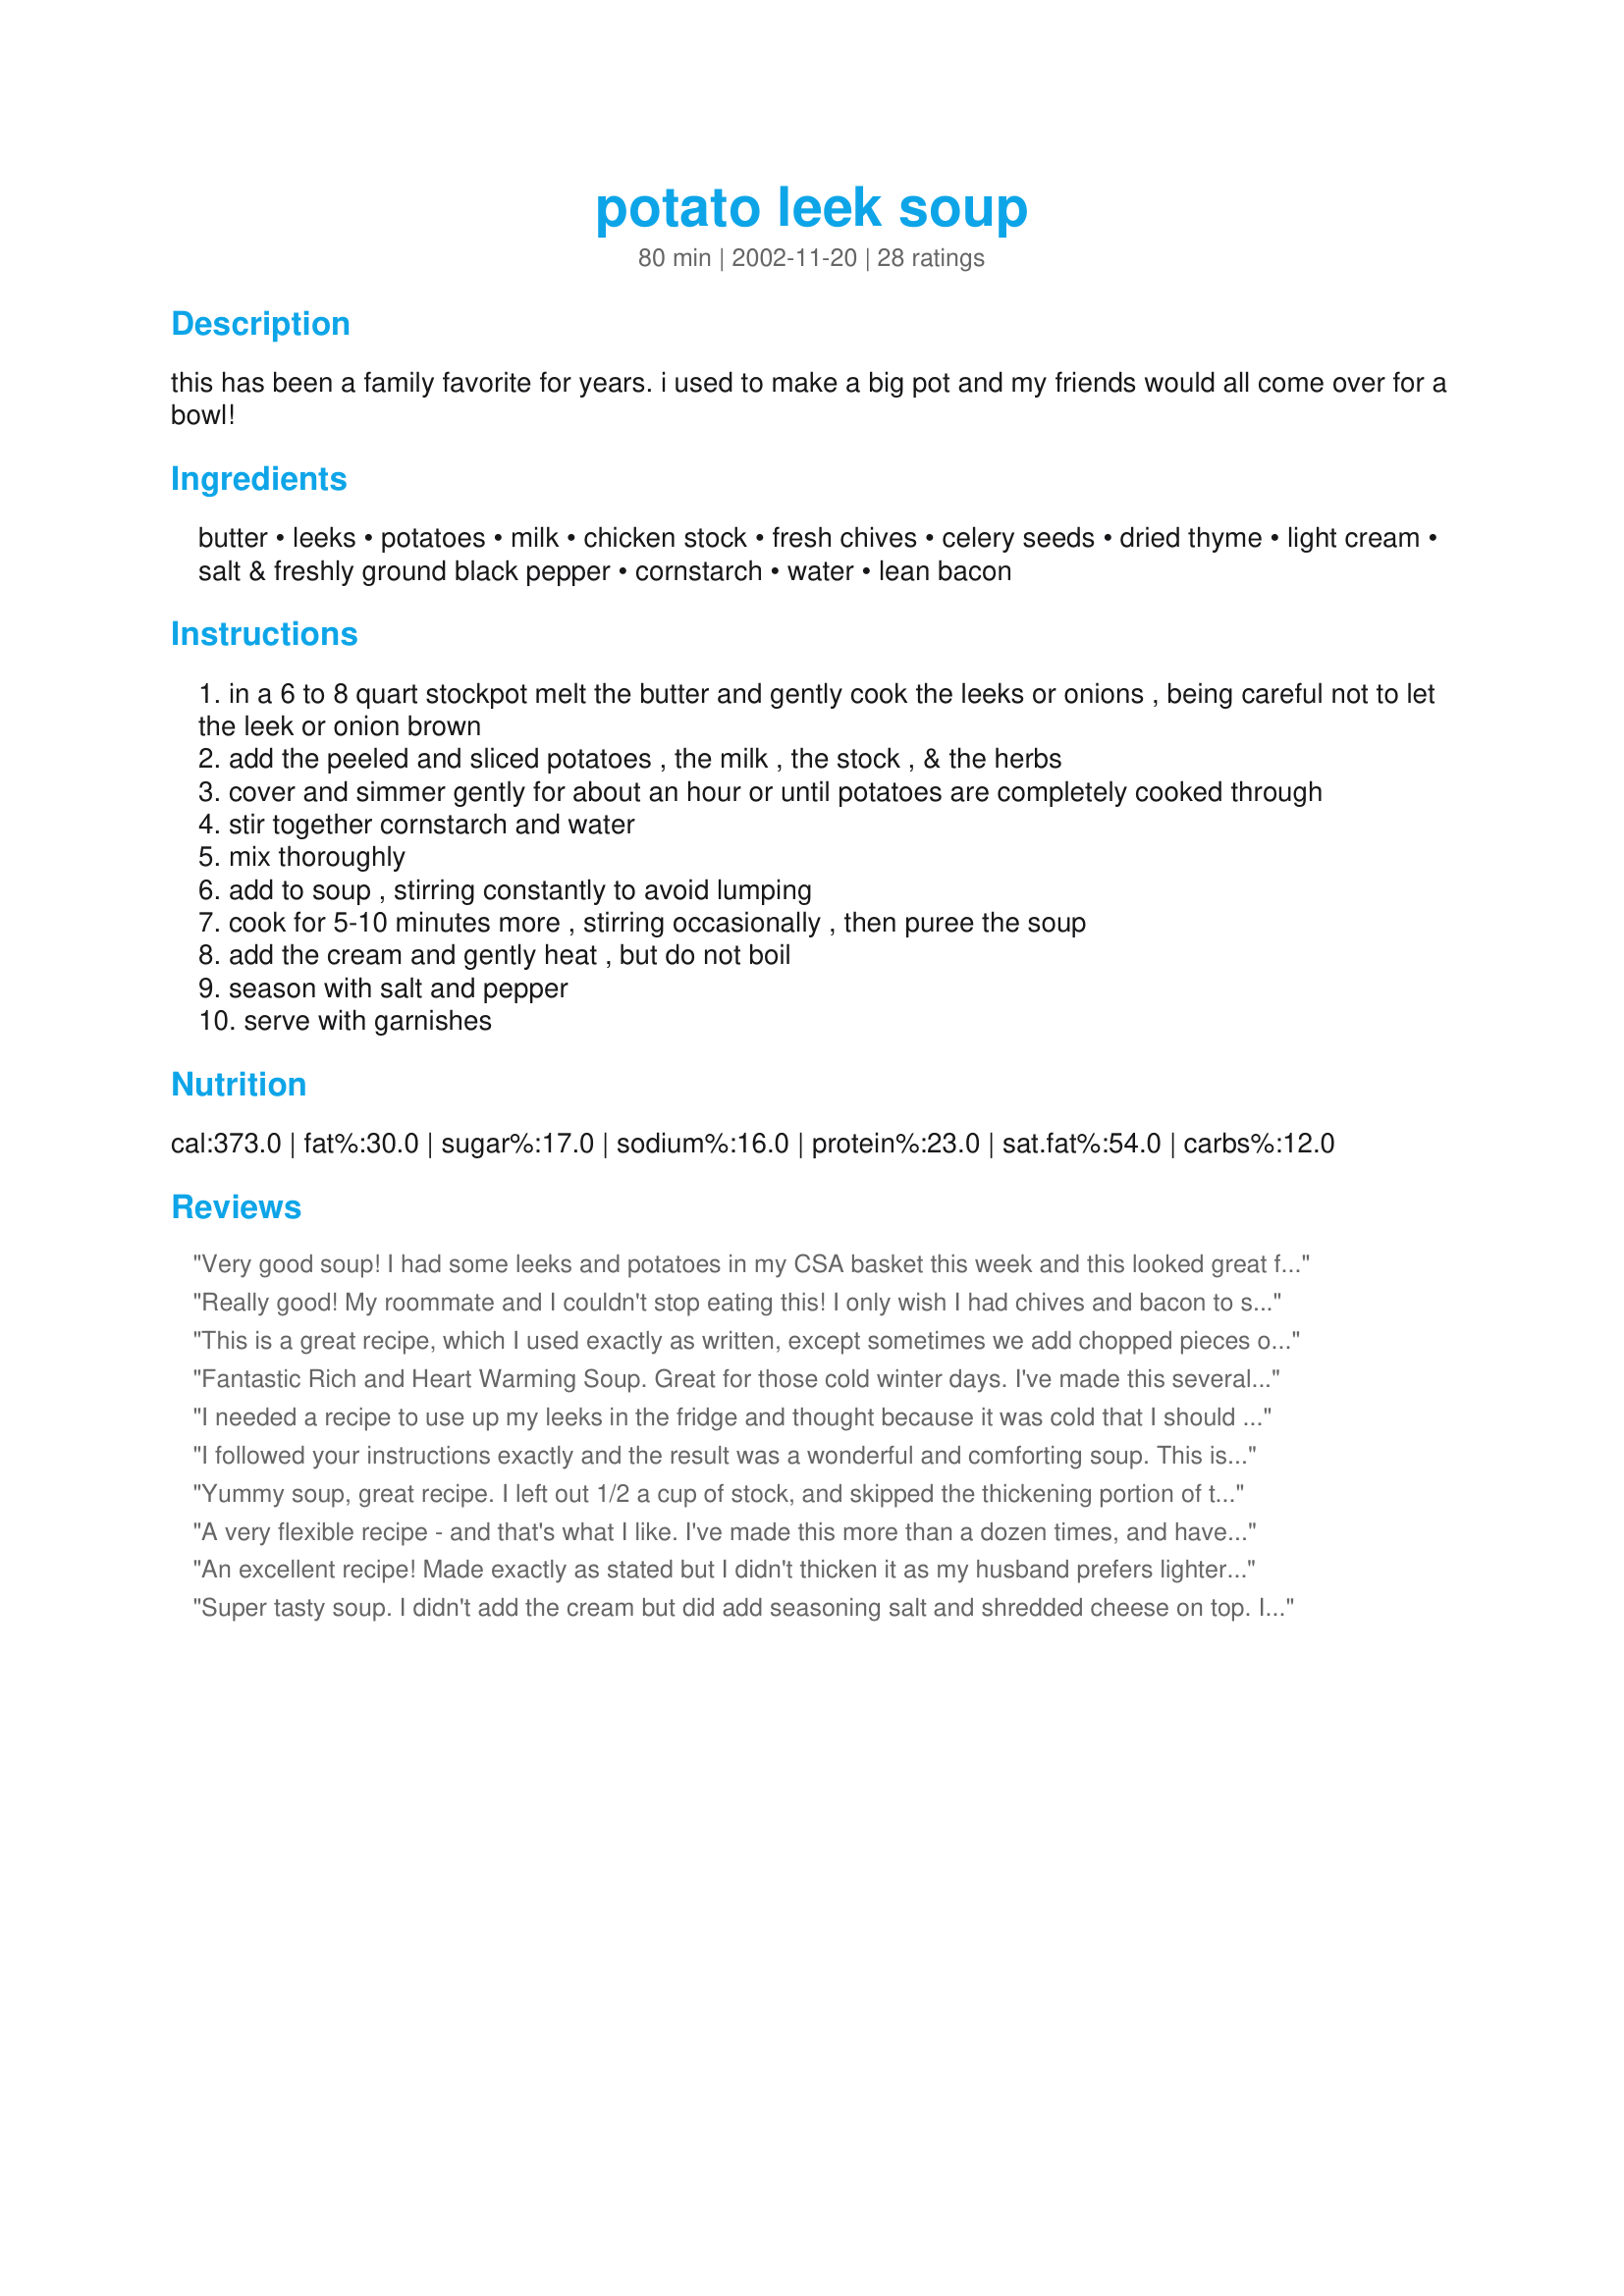
potato leek soup
Preparation time: 80 minutes

this has been a family favorite for years. i used to make a big pot and my friends would all come over for a bowl!

Ingredients:
butter, leeks, potatoes, milk, chicken stock, fresh chives, celery seeds, dried thyme, light cream, salt & freshly ground black pepper, cornstarch, water, lean bacon

Steps:
in a 6 to 8 quart stockpot melt the butter and gently cook the leeks or onions , being careful not to let the leek or onion brown
add the peeled and sliced potatoes , the milk , the stock , & the herbs
cover and simmer gently for about an hour or until potatoes are completely cooked through
stir together cornstarch and water
mix thoroughly
add to soup , stirring constantly to avoid lumping
cook for 5-10 minutes more , stirring occasionally , then puree the soup
add the cream and gently heat , but do not boil
season with salt and pepper
serve with garnishes

Reviews:
Very good soup! I had some leeks and potatoes in my CSA basket this week and this looked great for a cold windy night. I followed the recipe ingredients, but used my crock pot since we would be out all afternoon. I cooked the bacon in a skillet until crisp, then removed it and cooked the leeks in some of the bacon drippings. Put that and the remaining ingredients except half and half in the crock pot, and let it go on high for 4 hours. Blended with my hand blender, added cornstarch and cooked another 30 min on high, then turned down to low and added half and half. Topped with bacon and shredded cheddar. Yummy! Plenty of leftovers for lunches later. Will save this one, thanks for posting!
Really good! My roommate and I couldn't stop eating this! I only wish I had chives and bacon to serve with it :[ But it was amazing without as well. Thanks!
This is a great recipe, which I used exactly as written, except sometimes we add chopped pieces of smoked sausage at the end to make a meal. It's also wonderful garnished with some freshly grated cheddar cheese. I've now made this numerous times, and is my new standard potato soup recipe. Thanks so much!
Fantastic Rich and Heart Warming Soup. Great for those cold winter days. I've made this several times and it always turns out great. Only substitute is I didn't use real bacon but turkey bacon (less fat), but it was still terrific.
Thank You!
I needed a recipe to use up my leeks in the fridge and thought because it was cold that I should make a nice soup. Came across this recipe and tried it. OMG I have to rate this one a five. It had a nice taste and was wonderful. Thanks for posting. I will be making this one again.
I followed your instructions exactly and the result was a wonderful and comforting soup. This is a very easy soup to make, I wouldn't change a thing. Thank you so much Stephanie Colado for sharing this great soup. :-)

Yummy soup, great recipe. I left out 1/2 a cup of stock, and skipped the thickening portion of the recipe. I left the peels on my potatoes for extra texture and used my emersion blender to blend it all up (but left some chunks as well). Nice, flavorful, rustic soup. Definite "make again".
A very flexible recipe - and that's what I like. I've made this more than a dozen times, and have had more or less of the key ingredients, and it has still worked a treat.

Don't be too fussed about all the trimmin's - it goes fine with or without.

A previous comment about the puree being optional I don't really agree with - I've tried it both ways and the puree is definitely worth the extra effort.
An excellent recipe! Made exactly as stated but I didn't thicken it as my husband prefers lighter soups .. thanks so much for sharing!
Super tasty soup. I didn't add the cream but did add seasoning salt and shredded cheese on top. I didn't have bacon and chives so I left those out. We shared this with our neighbors who loved it. I served this with a salad and beer bread - I will make this again.
Made this for a family get together around the holidays. Everyone loved it and many had seconds. I would definitely recommend this...very easy to make
My husband went absolutely crazy for this! I usually don't puree soups but after reading all the reviews I did puree this one and am very happy I went through with the extra effort. Bacon and cheddar cheese are delicious toppings for this soup! Thank you!
This is a 'souper' recipe. Hubby is not a soup lover but said this was the best. In our part of the country, leeks grow wild in the bushes so now when he brings home leeks I know what to do with them.
We loved it...very filling, satisfying and yummy...you'd never know there was no cream in it! Thanks so much!
Loved it!!!!!!!! I made it last weekend and am making it again this weekend for my daughter who is home from college. I had one small bowl left that she tried as soon as she got home and asked for more. I made exactly as you said and it was delicious.
Wonderful! Very easy to make. I did change a few things. I had to use turkey and chicken stock AND tomato-chicken cube (cleaning out the pantry). I did blend it as well and it was so smooth. I used skim milk and only 1/2 C light cream. Thanks for a great and EASY soup!!
It awesome! leave it chunky!!!!!!!!!
I made this over the weekend. I followed the recipe except I left out the chives (forgot to buy any) and I didn't puree the soup. It was fantastic. It made tons of soup, though, and if I make it again I'll halve the recipe. Thanks!
Made this for dinner last night with a salad and cheese bread. Very easy to make. Did not puree the soup and just left potatoes whole. Diced potatoes instead of slicing. Did not garnish as I didn't have either on hand, but will garnish next time as the bacon would compliment very nicely.
Great soup! Served at St. Pat's party~ Makes ALOT so it's great for a party. I took like my soup to be "chunky" so I pureed about 1/2 of the soup and left the rest whole! EVERYONE loved it! Definately a keeper. DELICIOUS!!!
I think that this recipe is great for a basic potatoe leek soup. I always naturally opt for thickening with a simple "roux" of just butter and flour and milk. I think that This is a great recipe to build additional flavors on. Next time I would add one more leek, a small one. But it definetly did the trick. I also fed it to my 8 month old for lunch and he loved it!
Very nice soup. Followed recipe exacly except used freeze dried chives instead of fresh chives. Still excellent soup.
I made this recipe last week and loved it. I didn't have all the spices on hand, but even without the celery seeds and thyme, the soup was wonderful. With lots of leftovers (I used a full 5 lbs of potatoes), I'll have warm and comforting lunches for several weeks! Thanks for the great recipe!
This recipe was so good! And I tweaked it a little, instead of butter I cooked 3 pieces of bacon and removed them (for later) and then cooked the leeks. just like a chowder recipe usually calls for. it gives it a smoky taste. Thanks for the recipe, it is now a winter staple!
Sorry to be the spoiler on this recipe. I had high hopes. I cooked as directed with one change. I chopped and fried about 1'/2 a pound of bacon first, then removed the bacon and sauteed the leeks in the bacon fat. I used about 5 Tbsp cornstarch & water and found it didn't thicken nearly enough. After pureeing, it was far too thin for my liking. I also needed to add about 2 tsp of salt and a lot of pepper to give it some taste. My kids and husband thought it was okay, but it isn't a make again recipe for me.
Decided to try this when I bought some great looking leeks from the market. I washed the leeks well and cooked them for approx 30min in the butter on med/low heat before adding all the other ingredients. I held off on using the cornstarch and water to thicken until after I had pureed the soup and found it was not needed as the soup was thick enough without it. Served it with bacon bits and a sprinkle of fresh Parmesan cheese.
Nice potato soup recipe! I did need to add 6 tablespoons of corn starch instead of 4 and pureed the soup. My DH is not a big soup fan but he enjoyed this also. I did add the bacon and chive garnish, a pretty soup.
It was a good soup. We are searching for a recipe that gives us as much flavor as a local pub has and this didn&#039;t hit the mark so I&#039;m only giving it 4 stars. We will keep searching and adjusting recipes to try to reach nirvana. :)
